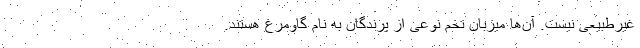
غیرطبیعی نیست. آن‌ها میزبان تخم نوعی از پرندگان به نام گاومرغ‌ هستند.